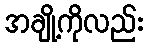
အချို့ကိုလည်း